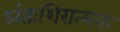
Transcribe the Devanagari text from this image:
अंतःशिरात्मक